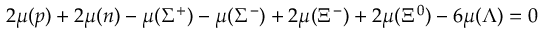
2 \mu ( p ) + 2 \mu ( n ) - \mu ( \Sigma ^ { + } ) - \mu ( \Sigma ^ { - } ) + 2 \mu ( \Xi ^ { - } ) + 2 \mu ( \Xi ^ { 0 } ) - 6 \mu ( \Lambda ) = 0